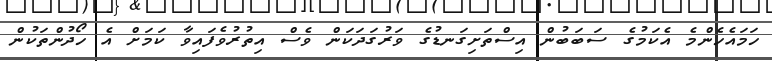
ހަމައެހެންމެ އެކަމުގެ ސަބަބުން އިސްތަށިގަނޑުގެ ވަރުގަދަކަން ވެސް އިތުރުވެފައިވާ ކަމަށް އެ ހޯދުންތަކުން